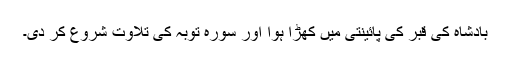
بادشاہ کی قبر کی پائینتی میں کھڑا ہوا اور سورہ توبہ کی تلاوت شروع کر دی۔